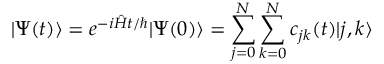
| \Psi ( t ) \rangle = e ^ { - i \hat { H } t / \hbar } | \Psi ( 0 ) \rangle = \sum _ { j = 0 } ^ { N } \sum _ { k = 0 } ^ { N } c _ { j k } ( t ) | j , k \rangle